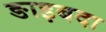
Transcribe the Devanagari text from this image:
ङाइबदा